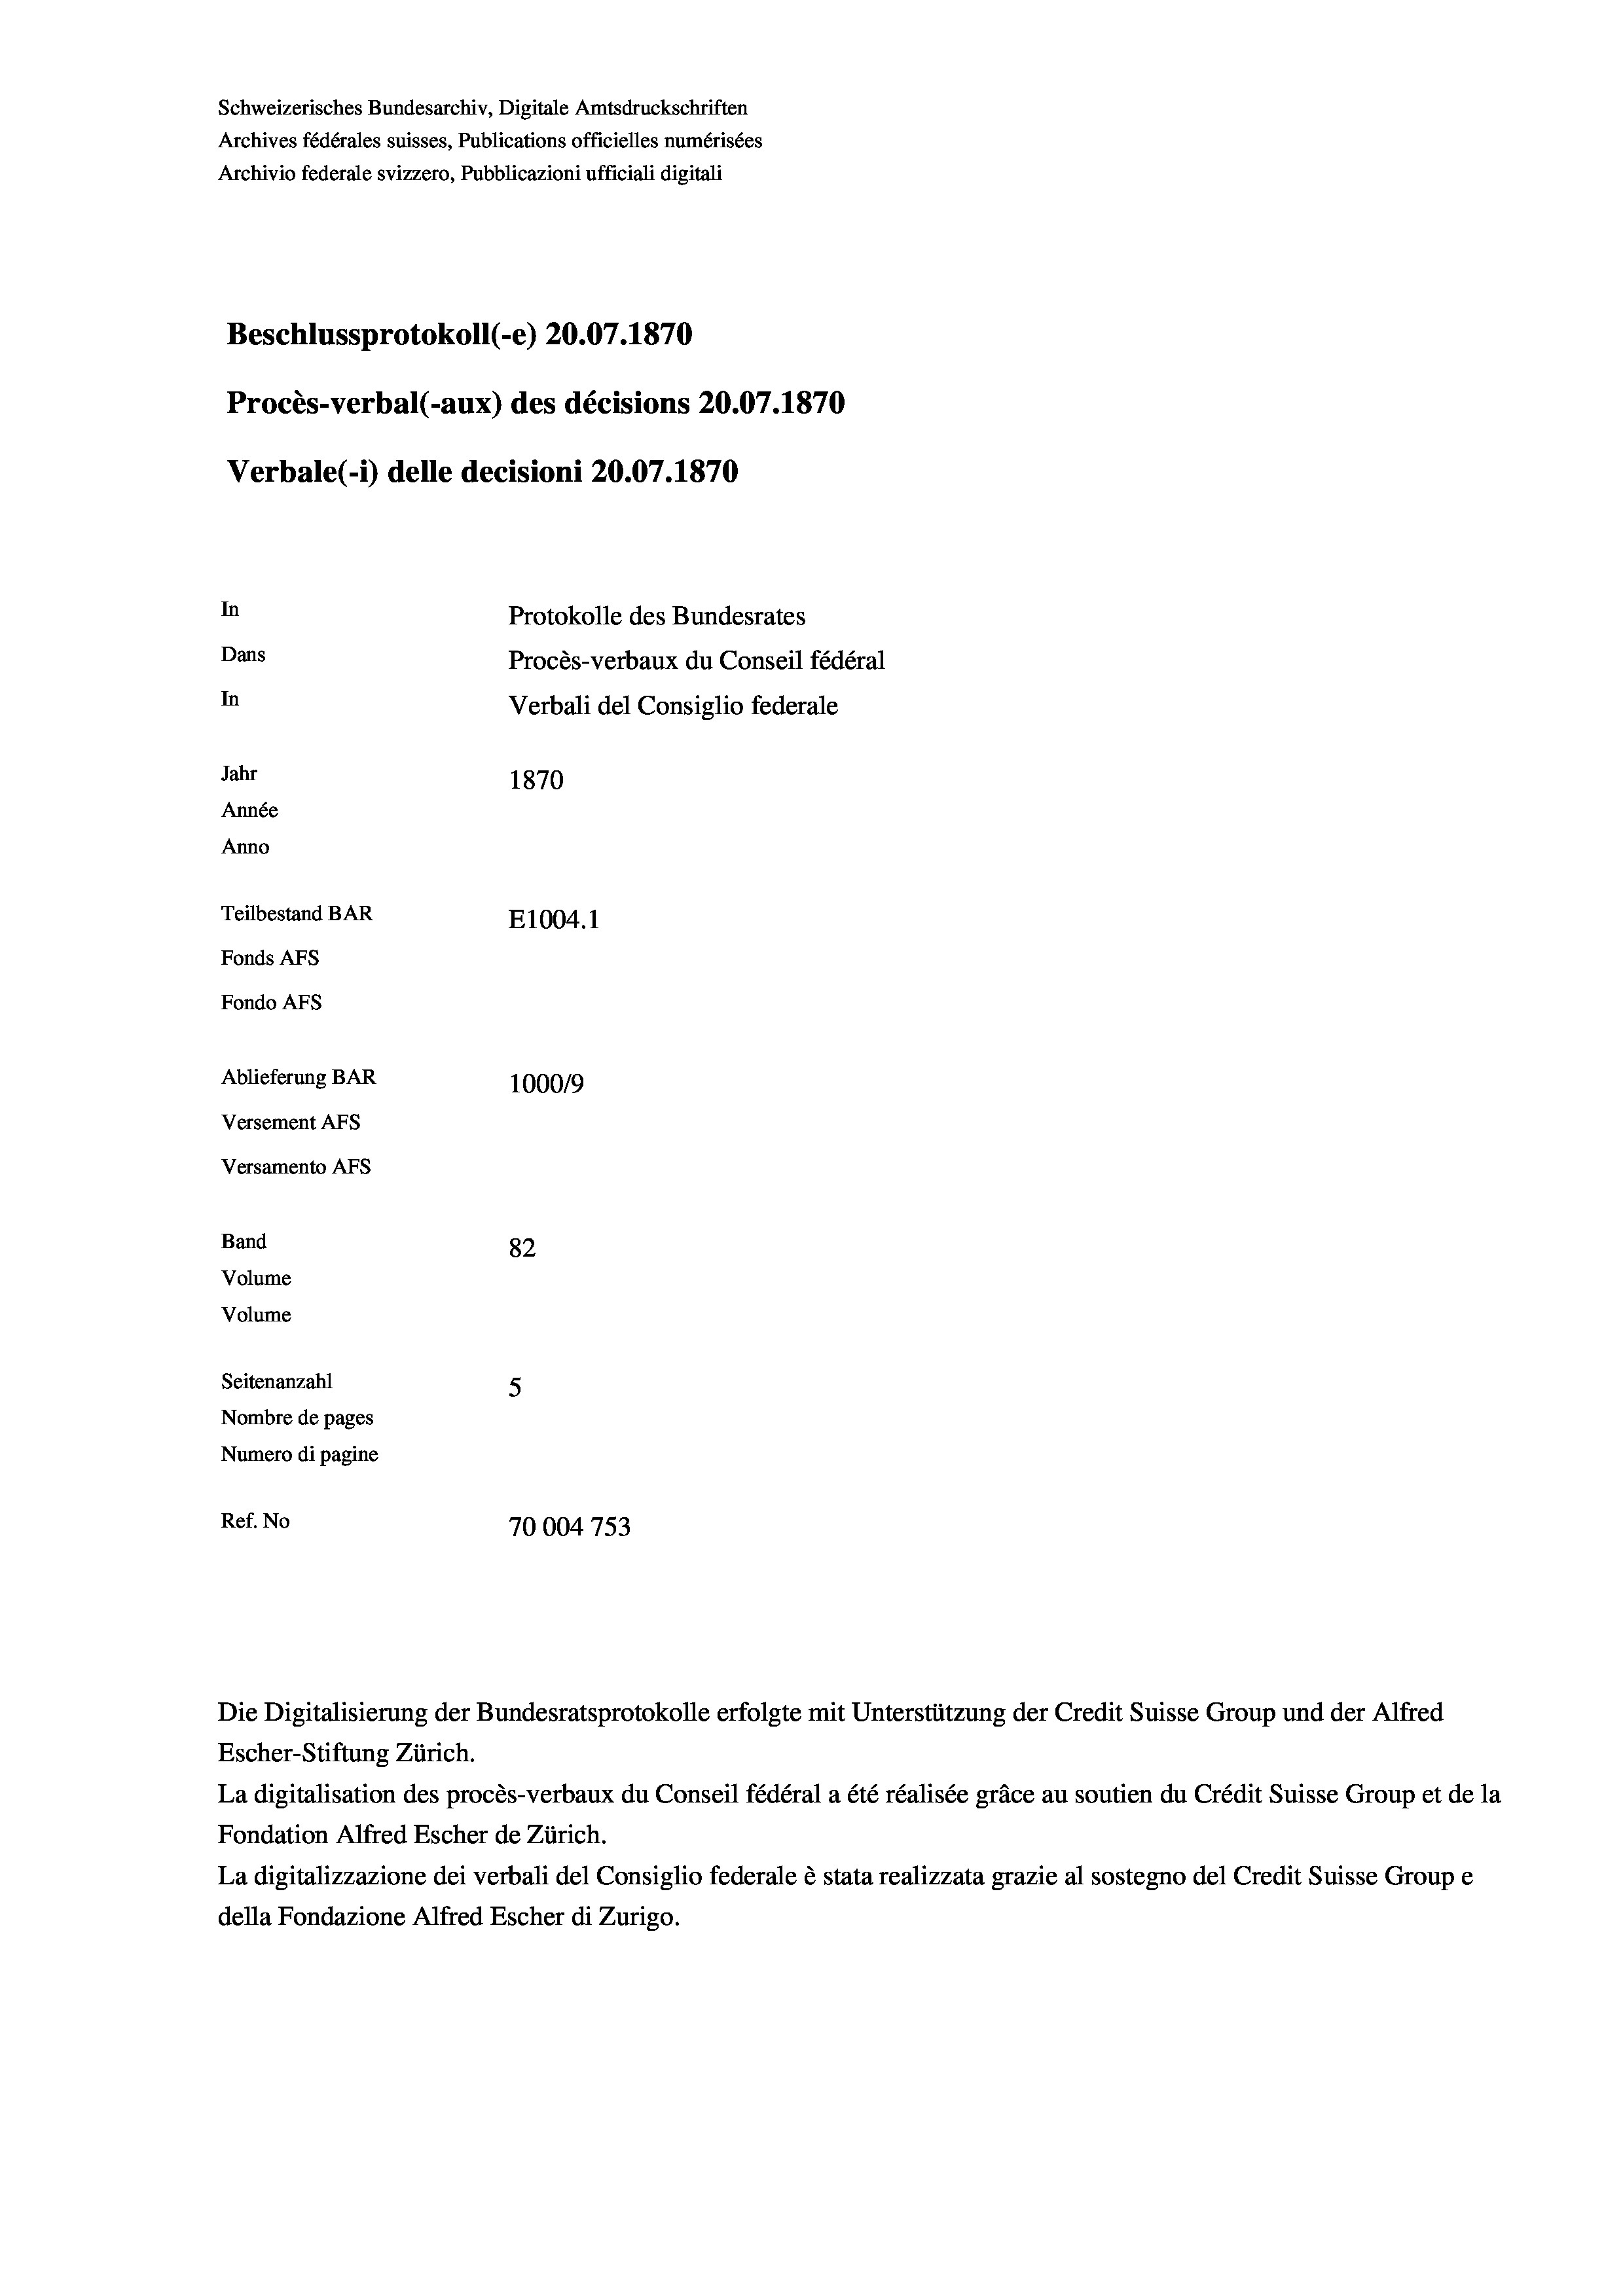
Schweizerisches Bundesarchiv, Digitale Amtsdruckschriften
Archives fédérales suisses, Publications officielles numérisées
Archivio federale svizzero, Pubblicazioni ufficiali digitali
Beschlussprotokoll (-e) 20.07. 1870
Procès-verbal (-aux) des décisions 20.07.1870
Verbale (i) delle decisioni 20.07.1870
In
Protokolle des Bundesrates
Dans
Procès-verbaux du Conseil fédéral
In
Verbali del Consiglio federale
Jahr
1870
Année
Anno
Teilbestand BAR
E1004.1
Fonds AFs
Fondo AFs
Ablieferung BAR
1000/9
Versement AFS

Versamento Afs
Band
Volume
Volume

82
Seitenanzahl
5
Nombre de pages
Numero di pagine
Ref. No
70004 753

Die Digitalisierung der Bundesratsprotokolle erfolgte mit Unterstützung der Credit Suisse Group und der Alfred
Escher-Stiftung Zürich.
La digitalisation des procès-verbaux du Conseil fédéral a été réalisée gräce au soutien du Crédit Suisse Group et de la
Fondation Alfred Escher de Zürich.
La digitalizzazione dei verbali del Consiglio federale è stata realizzata grazie al sostegno del Credit Suisse Groupe
della Fondazione Alfred Escher di Zurigo.